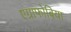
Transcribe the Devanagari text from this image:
एग्राफोबिया